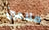
ملاعين